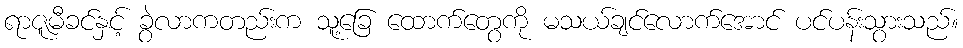
ရာဇူမီခင်နှင့် ခွဲလာကတည်းက သူ့ခြေ ထောက်တွေကို မသယ်ချင်လောက်အောင် ပင်ပန်းသွားသည်။